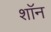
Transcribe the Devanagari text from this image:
शाॅन